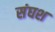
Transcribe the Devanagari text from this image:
संघश